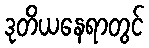
ဒုတိယနေရာတွင်